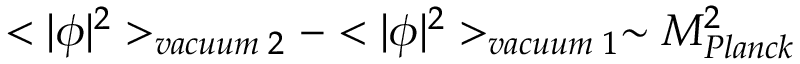
< | \phi | ^ { 2 } > _ { v a c u u m \; 2 } - < | \phi | ^ { 2 } > _ { v a c u u m \; 1 } \sim M _ { P l a n c k } ^ { 2 }